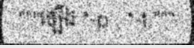
"""ឡើង *-p , *-t,"""